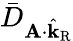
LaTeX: \bar{D}_{\mathbf{A}\cdot\hat{\mathbf{k}}_{\mathrm{R}}}